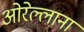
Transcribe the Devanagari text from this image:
ओरेल्लाना